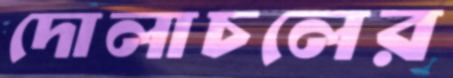
দোলাচলের